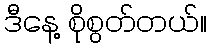
ဒီနေ့ စိုစွတ်တယ်။